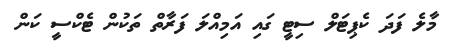
މާލެ ފަދަ ކެޕިޓަލް ސިޓީ ގައި އަމިއްލަ ފަރާތް ތަކުން ޓެކްސީ ކަން